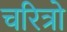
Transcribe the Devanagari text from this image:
चरित्रो